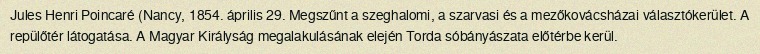
Jules Henri Poincaré (Nancy, 1854. április 29. Megszűnt a szeghalomi, a szarvasi és a mezőkovácsházai választókerület. A repülőtér látogatása. A Magyar Királyság megalakulásának elején Torda sóbányászata előtérbe kerül.